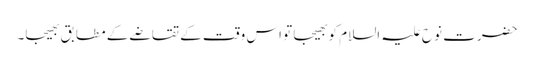
حضرت نوح علیہ السلام کو بھیجا تو اس وقت کے تقاضے کے مطابق بھیجا۔